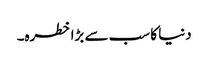
دنیا کا سب سے بڑا خطرہ۔